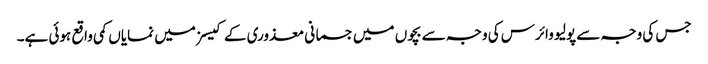
جس کی وجہ سے پولیو وائرس کی وجہ سے بچوں میں جسمانی معذوری کے کیسز میں نمایاں کمی واقع ہوئی ہے۔